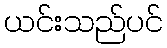
ယင်းသည်ပင်